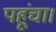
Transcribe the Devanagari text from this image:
पहूंचा।